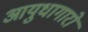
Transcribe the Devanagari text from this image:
आयुधागारों